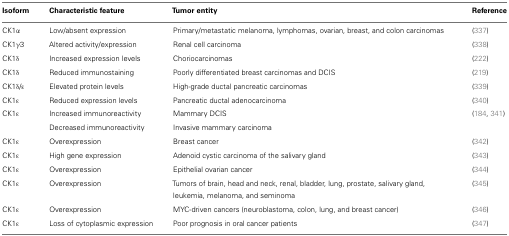
| Isoform | Characteristic feature | Tumor entity | Reference |
 | --- | --- | --- | --- |
 | CK1α | Low/absent expression | Primary/metastatic melanoma, lymphomas, ovarian, breast, and colon carcinomas | (337) |
 | CK1γ3 | Altered activity/expression | Renal cell carcinoma | (338) |
 | CK1δ | Increased expression levels | Choriocarcinomas | (222) |
 | CK1δ | Reduced immunostaining | Poorly differentiated breast carcinomas and DCIS | (219) |
 | CK1δ/ε | Elevated protein levels | High-grade ductal pancreatic carcinomas | (339) |
 | CK1ε | Reduced expression levels | Pancreatic ductal adenocarcinoma | (340) |
 | CK1ε | Increased immunoreactivity | Mammary DCIS | (184, 341) |
 |  | Decreased immunoreactivity | Invasive mammary carcinoma |  |
 | CK1ε | Overexpression | Breast cancer | (342) |
 | CK1ε | High gene expression | Adenoid cystic carcinoma of the salivary gland | (343) |
 | CK1ε | Overexpression | Epithelial ovarian cancer | (344) |
 | CK1ε | Overexpression | Tumors of brain, head and neck, renal, bladder, lung, prostate, salivary gland, leukemia, melanoma, and seminoma | (345) |
 | CK1ε | Overexpression | MYC-driven cancers (neuroblastoma, colon, lung, and breast cancer) | (346) |
 | CK1ε | Loss of cytoplasmic expression | Poor prognosis in oral cancer patients | (347) |